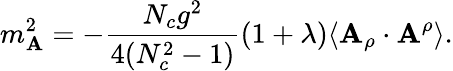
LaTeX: m_{\mathbf{A}}^{2}=-\frac{{N_{c}g^{2}}}{{4(N_{c}^{2}-1)}}(1+\lambda)\langle\mathbf{A}_{\rho}\cdot\mathbf{A}^{\rho}\rangle.